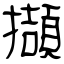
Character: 擷